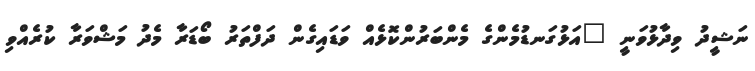
ނަޝީދު ވިދާޅުވަނީ "އަޅުގަނޑުމެންގެ މެންބަރުންކޮޅެއް ވަޑައިގެން ދަފްތަރު ބޯޑަރާ މެދު މަޝްވަރާ ކުރެއްވި